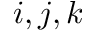
i , j , k